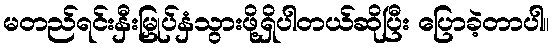
မတည်ရင်းနှီးမြှုပ်နှံသွားဖို့ရှိပါတယ်ဆိုပြီး ပြောခဲ့တာပါ။